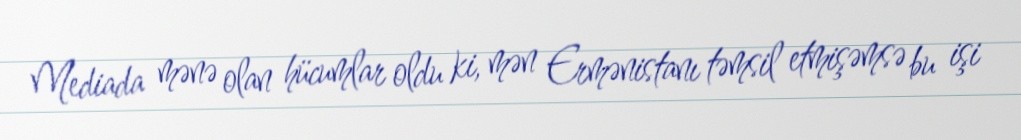
Mediada mənə olan hücumlar oldu ki, mən Ermənistanı təmsil etmişəmsə bu işi